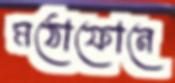
মঠোফোনে